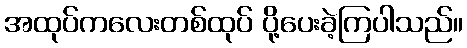
အထုပ်ကလေးတစ်ထုပ် ပို့ပေးခဲ့ကြပါသည်။